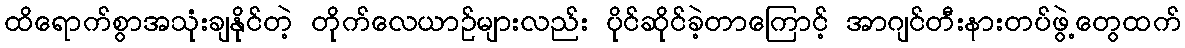
ထိရောက်စွာအသုံးချနိုင်တဲ့ တိုက်လေယာဉ်များလည်း ပိုင်ဆိုင်ခဲ့တာကြောင့် အာဂျင်တီးနားတပ်ဖွဲ့တွေထက်